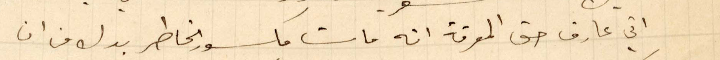
اني عارف حق المعرفة انه مات مكسور الخاطر بدل من أن